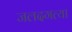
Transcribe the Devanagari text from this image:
जलदगत्या